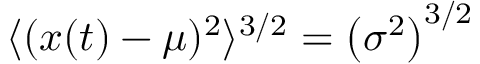
\langle ( x ( t ) - \mu ) ^ { 2 } \rangle ^ { 3 / 2 } = \left( \sigma ^ { 2 } \right) ^ { 3 / 2 }